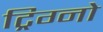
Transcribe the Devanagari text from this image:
ट्रिग्नो